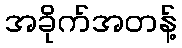
အခိုက်အတန့်